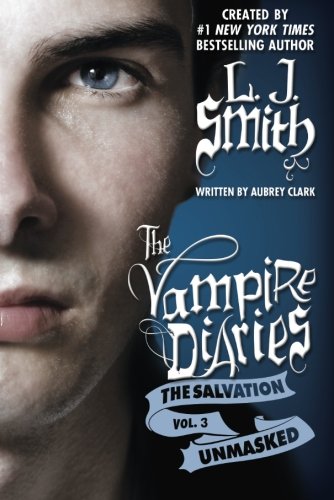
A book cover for The Salvation: Unmasked (The Vampire Diaries); L.J. Smith; Teen & Young Adult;